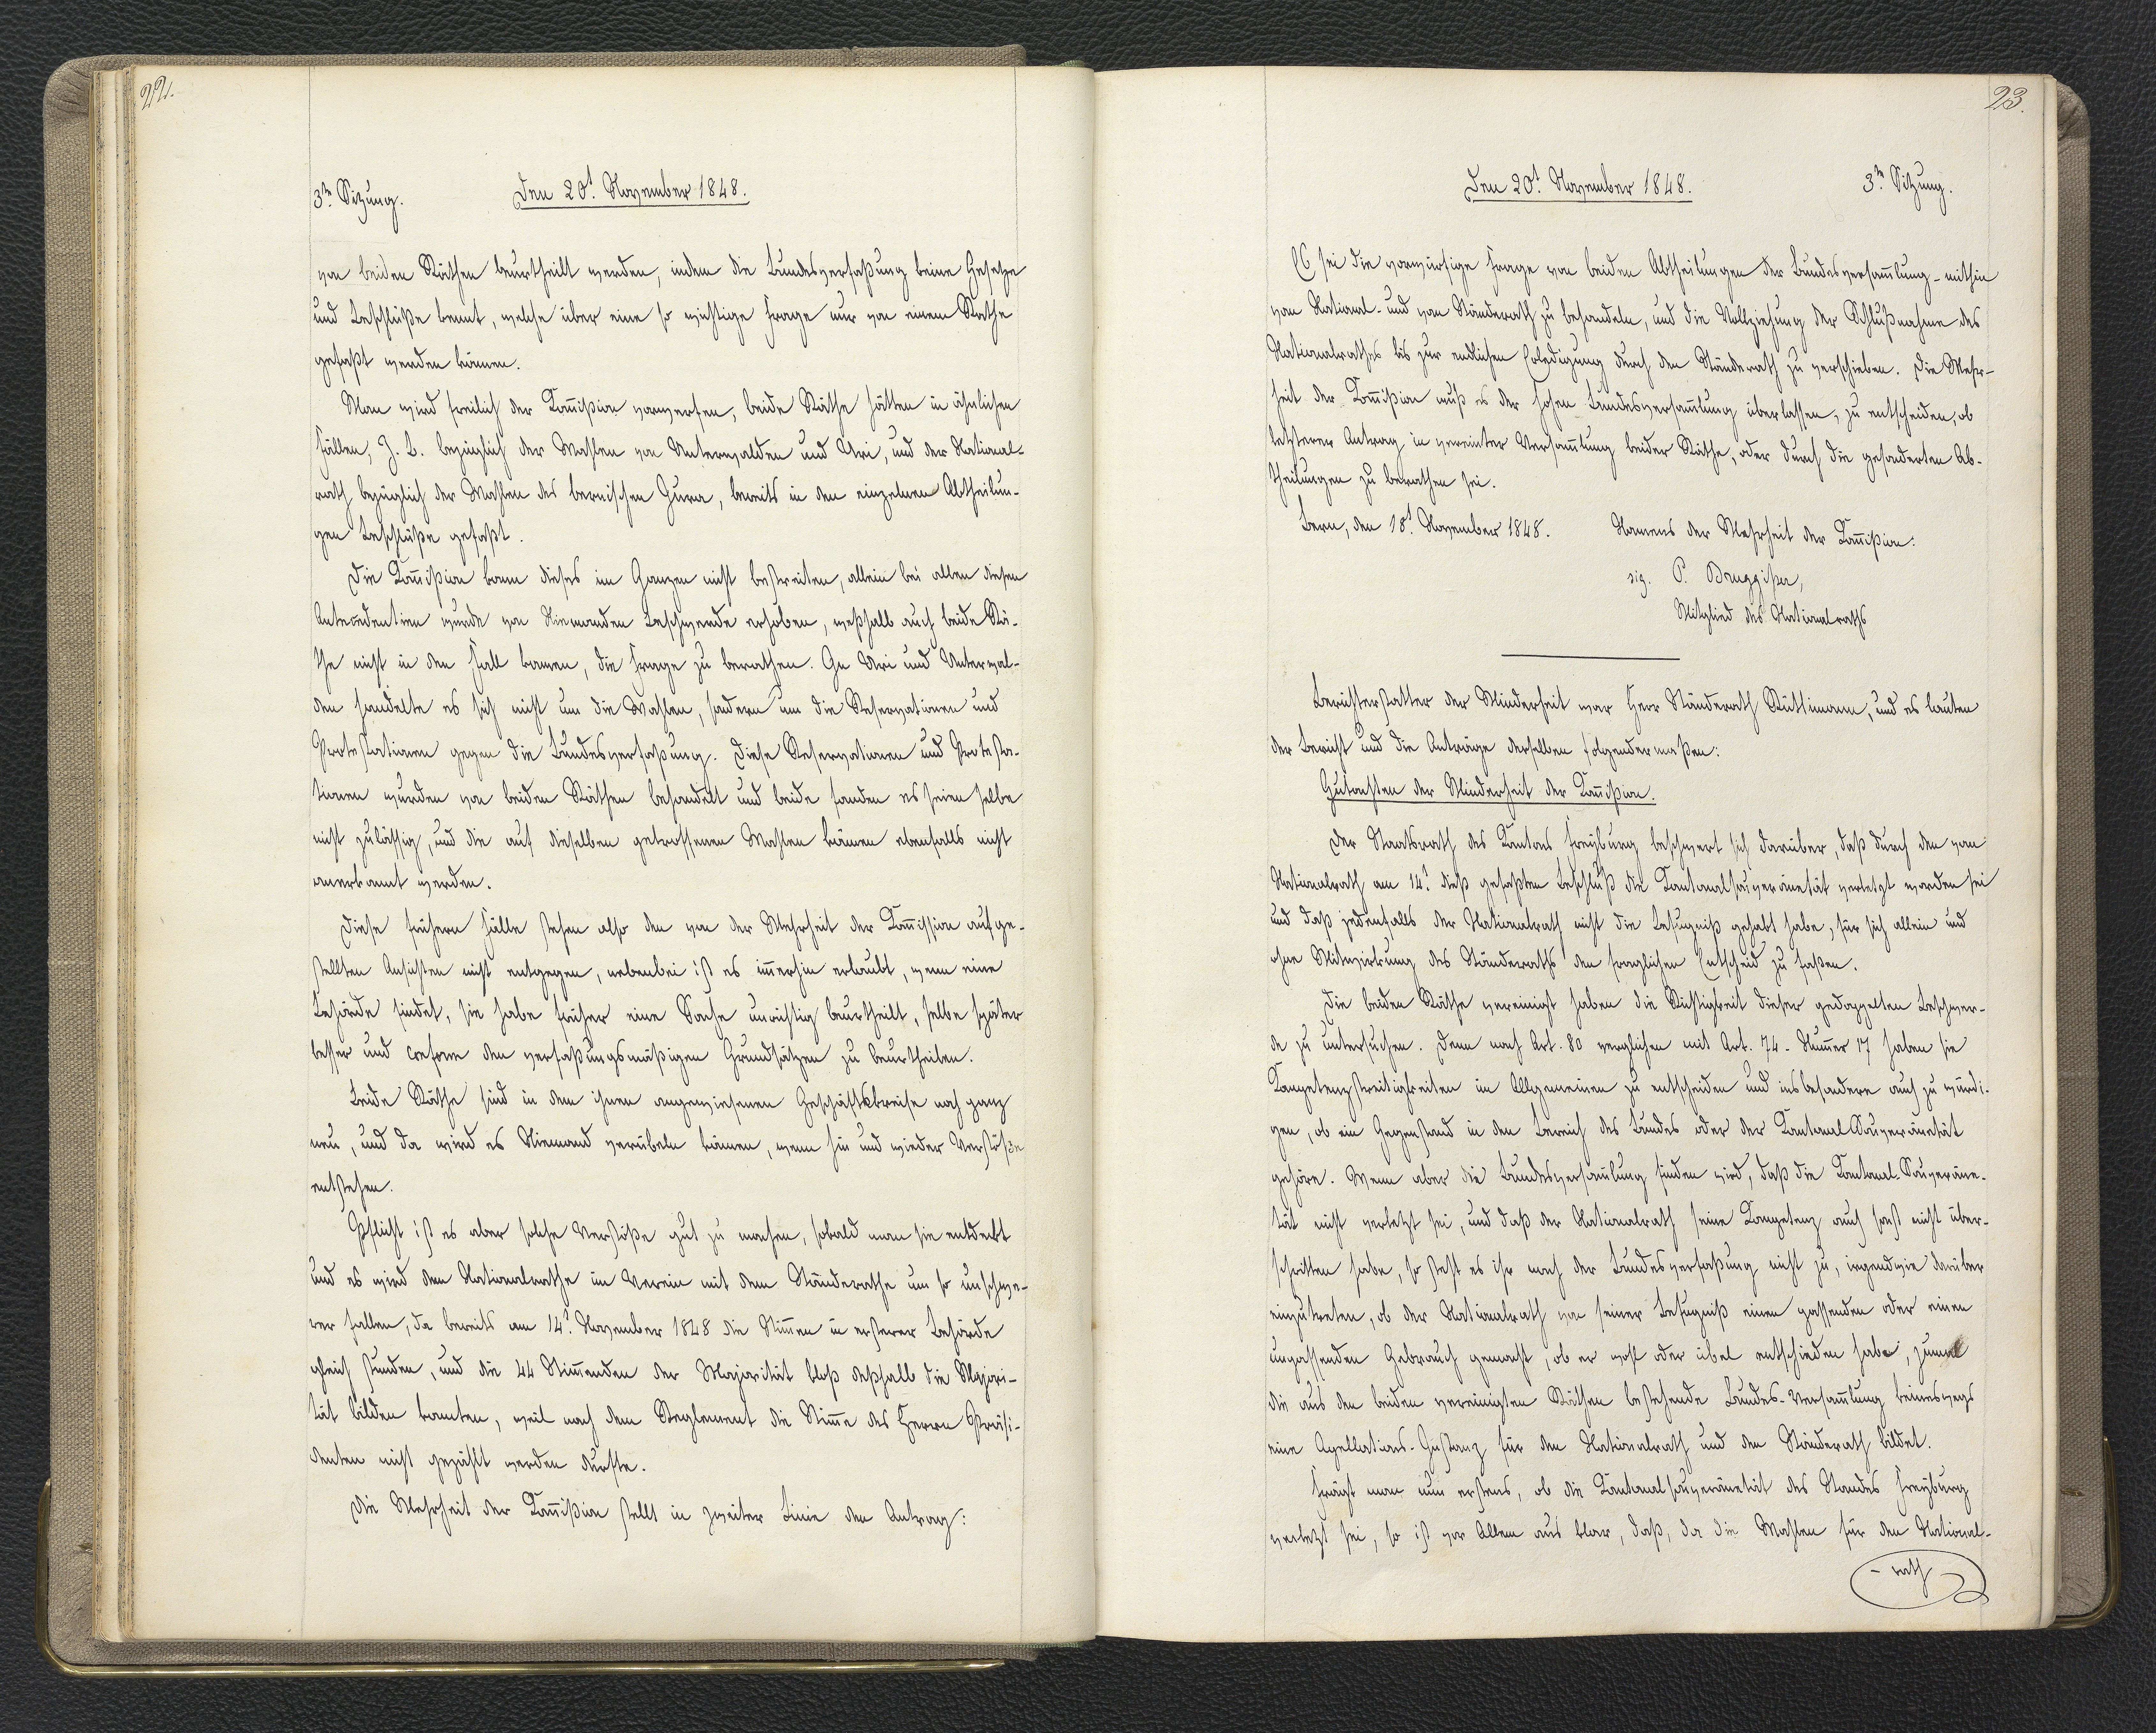
22.

3.te Sitzung.
Den 20.t November 1848.

von beiden Räthen beurtheilt werden, indem die Bundesverfaßung keine Gesetze
und Beschlüße kennt, welche über eine so wichtige Frage nur von einem Rathe
gefaßt werden können.
Man wird freilich der Kommißion vorwerfen, beide Räthe hätten in ähnlichen
Fällen, Z. B. bezüglich der Wahlen von Unterwalden und Uri, und der National¬
rath bezüglich der Wahlen des bernischen Jura, bereits in den einzelnen Abtheilun¬
gen Beschlüße gefaßt.
Die Kommißion kann dieses im Ganzen nicht bestreiten, allein bei allen diesen
xxx wurde von Niemanden Beschwerde erhoben, weßhalb auch beide Rä¬
the nicht in den Fall kamen, die Frage zu berathen. In Uri und Unterwal¬
den handelte es sich nicht um die Wahlen, sondern um die Reservationen und
Protestationen gegen die Bundesverfaßung. Diese Reservationen und Protesta¬
tionen wurden von beiden Räthen behandelt und beide fanden es seien selbe
nicht zulässig, und die auf dieselben getroffenen Wahlen können ebenfalls nicht
anerkannt werden.
Diese frühern Fälle stehen also den von der Mehrheit der Kommission aufge¬
stellten Ansichten nicht entgegen, nebenbei ist es immerhin erlaubt, wenn eine
Behörde findet, sie habe früher eine Sache unrichtig beurtheilt, selbe später
besser und conform den verfaßungsmäßigen Grundsätzen zu beurtheilen.
Beide Räthe sind in dem ihnen angewiesenen Geschäftskreise noch ganz
neu, und da wird es Niemand verübeln können, wenn hin und wieder Verstöße
entstehen.
Pflicht ist es aber solche Verstöße gut zu machen, sobald man sie entdeckt
und es wird dem Nationalrathe im Verein mit dem Ständerathe um so unschwe¬
rer fallen, da bereits am 14.t November 1848 die Stimmen in ersterer Behörde
gleich stunden, und die 44 Stimmenden der Majorität bloß deßhalb die Majori¬
tät bilden konnten, weil nach dem Reglement die Stimme des Herrn Präsi¬
denten nicht gezählt werden durfte.
Die Mehrheit der Kommißion stellt in zweiter Linie von Antrag:

23.

Den 20.t November 1848.
3.te Sitzung.

Es sei die vorwürfige Frage von beiden Abtheilungen der Bundesversammlung, mithin
vom National- und vom Ständerath zu behandeln, und die Vollziehung der Schlußnahme des
Nationalrathes bis zur endlichen Erledigung durch den Ständerath zu verschieben. Die Mehr¬
heit der Kommißion muß es der hohen Bundesversammlung überlassen, zu entscheiden, ob
letzterer Antrag in vereinter Versammlung beider Räthe, oder durch die gesonderten Ab¬
theilungen zu berathen sei.
Bern, den 18.t November 1848. Namens der Mehrheit der Kommißion.
sig. P. Bruggißer,
Mitglied des Nationalraths
Berichterstatter der Minderheit war Herr Ständerath Rüttimann, und es lauten
der Bericht und die Anträge derselben folgendermaßen:
Gutachten der Minderheit der Kommißion.
Der Staatsrath des Kantons Freyburg beschwert sich darüber, daß durch den vom
Nationalrath am 14.t dieß gefaßten Beschluß die Kantonalsouveränetät verletzt worden sei
und daß jedenfalls der Nationalrath nicht die Befugniß gehabt habe, für sich allein und
ohne Mitwirkung des Ständeraths den fraglichen Entscheid zu faßen.
Die beiden Räthe vereinigt haben die Richtigkeit dieser gedoppelten Beschwer¬
de zu untersuchen. Denn nach Art. 80 verglichen mit Art. 74. Nummer 17 haben sie
Kompetenzstreitigkeiten im Allgemeinen zu entscheiden und insbesondere auch zu würdi¬
gen, ob ein Gegenstand in den Bereich des Bundes oder der Kantonal Souveränetät
gehöre. Wenn aber die Bundesversammlung finden wird, daß die Kantonal-Souveräne¬
tät nicht verletzt sei, und daß der Nationalrath seine Kompetenz auch sonst nicht über¬
schritten habe, so steht es ihr nach der Bundesverfaßung nicht zu, irgendwie darüber
einzutreten, ob der Nationalrath von seiner Befugniß einen passenden oder einen
ungassenden Gebrauch gemacht, ob er wohl oder übel entschieden habe, zumal
die aus den beiden vereinigten Räthen bestehende Bundes-Versammlung keineswegs
eine Apellations-Instanz für den Nationalrath und den Ständerath bildet.
Frägt man nun erstens, ob die Kantonalsouveränetät des Standes Freyburg
verletzt sei, so ist vor Allem aus klar, daß, da die Wahlen für den National¬
rath